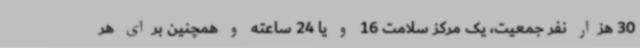
30 هزار نفر جمعیت، یک مرکز سلامت 16 و یا 24 ساعته و همچنین برای هر